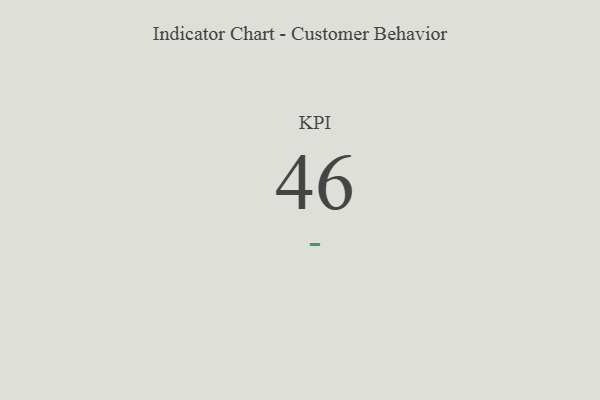
{"axis": {"x": "KPI", "y": "Value"}, "legend": [""], "data": [{"x": "KPI", "y": 46, "type": ""}]}